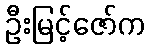
ဦးမြင့်ဇော်က